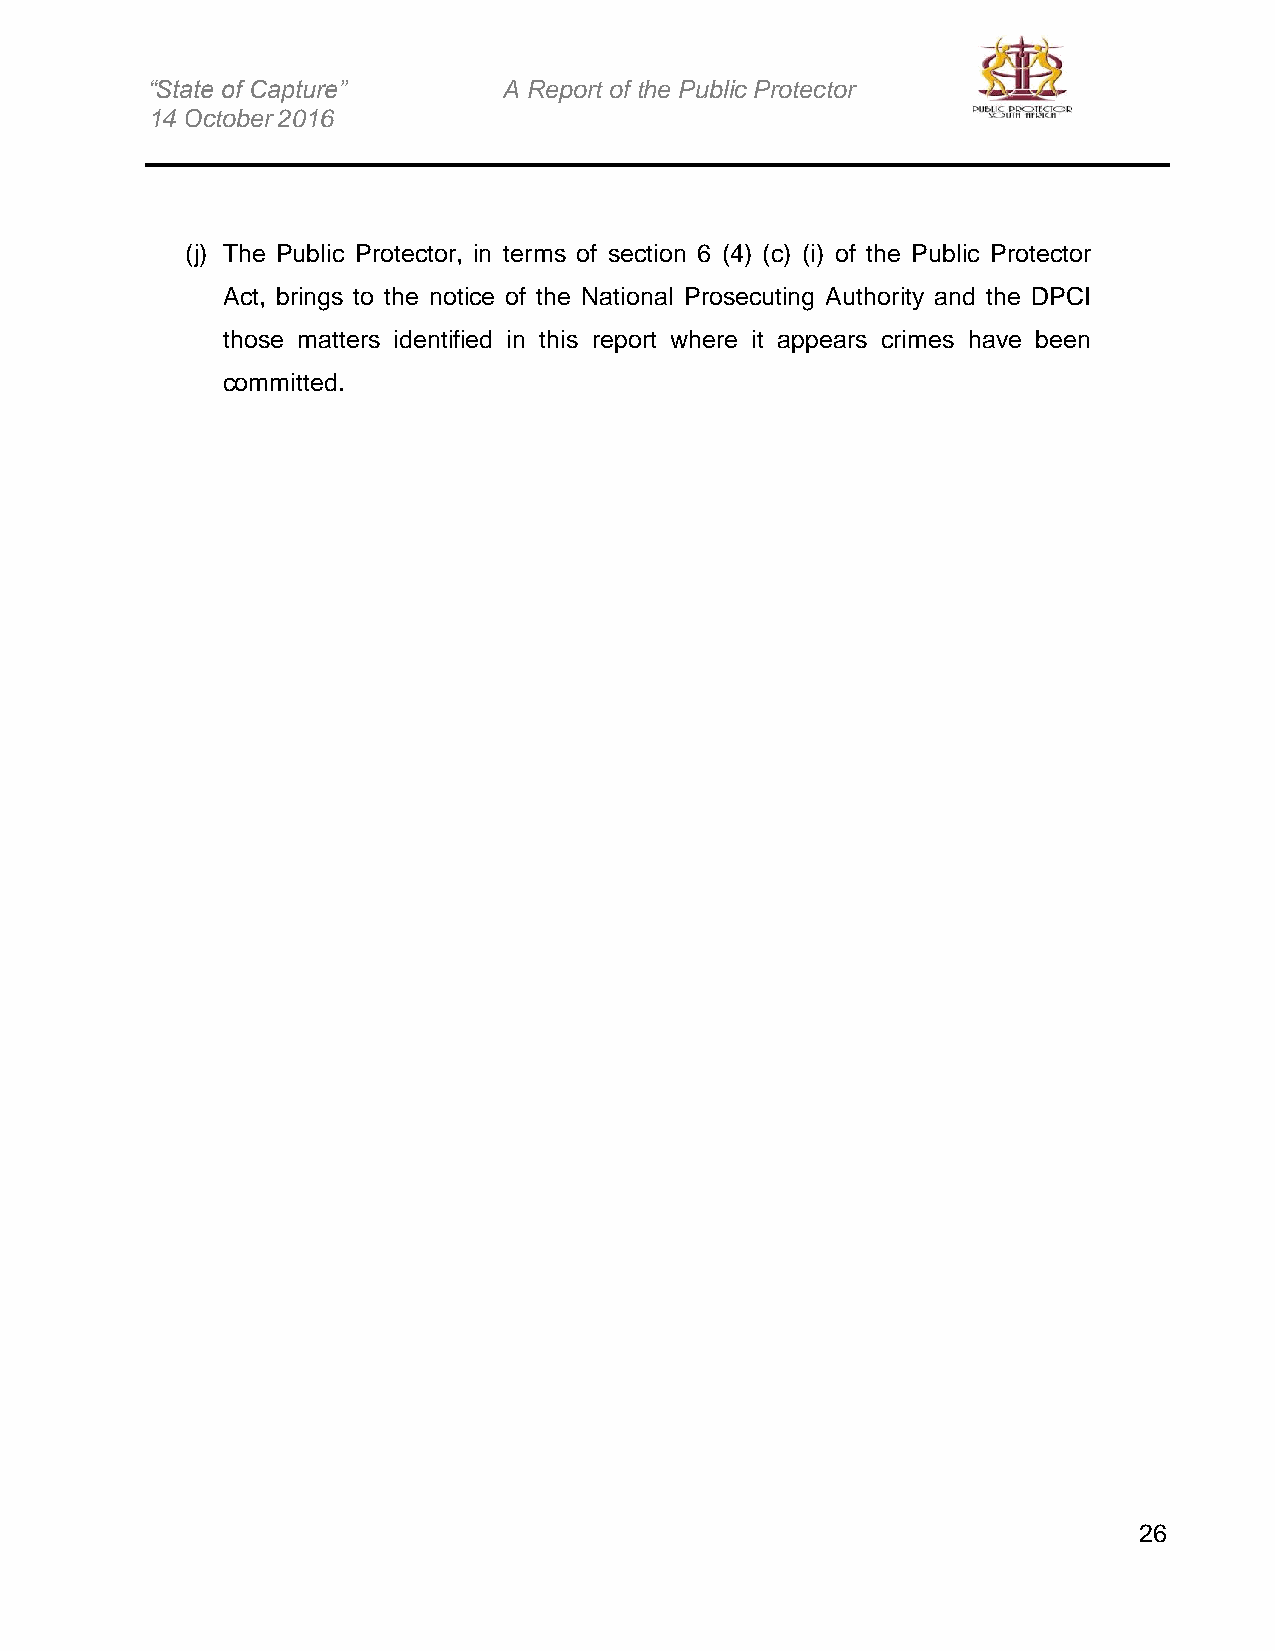
“State of Capture”     A Report of the Public Protector
 14 October 2016
 (j) The Public Protector, in terms of section 6 (4) (c) (i) of the Public Protector
 Act, brings to the notice of the National Prosecuting Authority and the DPCI
 those matters identified in this report where it appears crimes have been
 committed.
 26